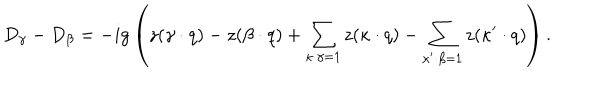
LaTeX: D _ { \gamma } - D _ { \beta } = - i g \left( z ( \gamma \cdot q ) - z ( \beta \cdot q ) + \sum _ { \kappa \cdot \gamma = 1 } z ( \kappa \cdot q ) - \sum _ { \kappa ^ { \prime } \cdot \beta = 1 } z ( \kappa ^ { \prime } \cdot q ) \right) .